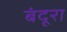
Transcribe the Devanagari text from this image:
बंदूरा